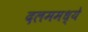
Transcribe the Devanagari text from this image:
दलममध्ये